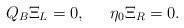
LaTeX: \begin{align*}Q_B \Xi_L =0, \,\,\,\,\,\,\,\,\, \eta_0 \Xi_R =0.\end{align*}